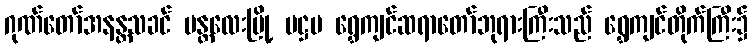
ဂုဏ်တော်အနန္တသခင် မန္တလေးမြို့ ပဋ္ဌမ ရွှေကျင်ဆရာတော်ဘုရားကြီးသည် ရွှေကျင်တိုက်ကြီး၌